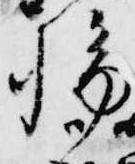
輪